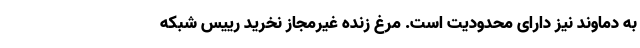
به دماوند نیز دارای محدودیت است. مرغ زنده غیرمجاز نخرید رییس شبکه